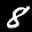
Label: 8